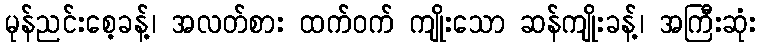
မုန်ညင်းစေ့ခန့်၊ အလတ်စား ထက်ဝက် ကျိုးသော ဆန်ကျိုးခန့်၊ အကြီးဆုံး